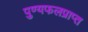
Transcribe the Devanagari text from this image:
पुण्यफलप्राप्त